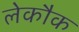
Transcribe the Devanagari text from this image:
लेकौक